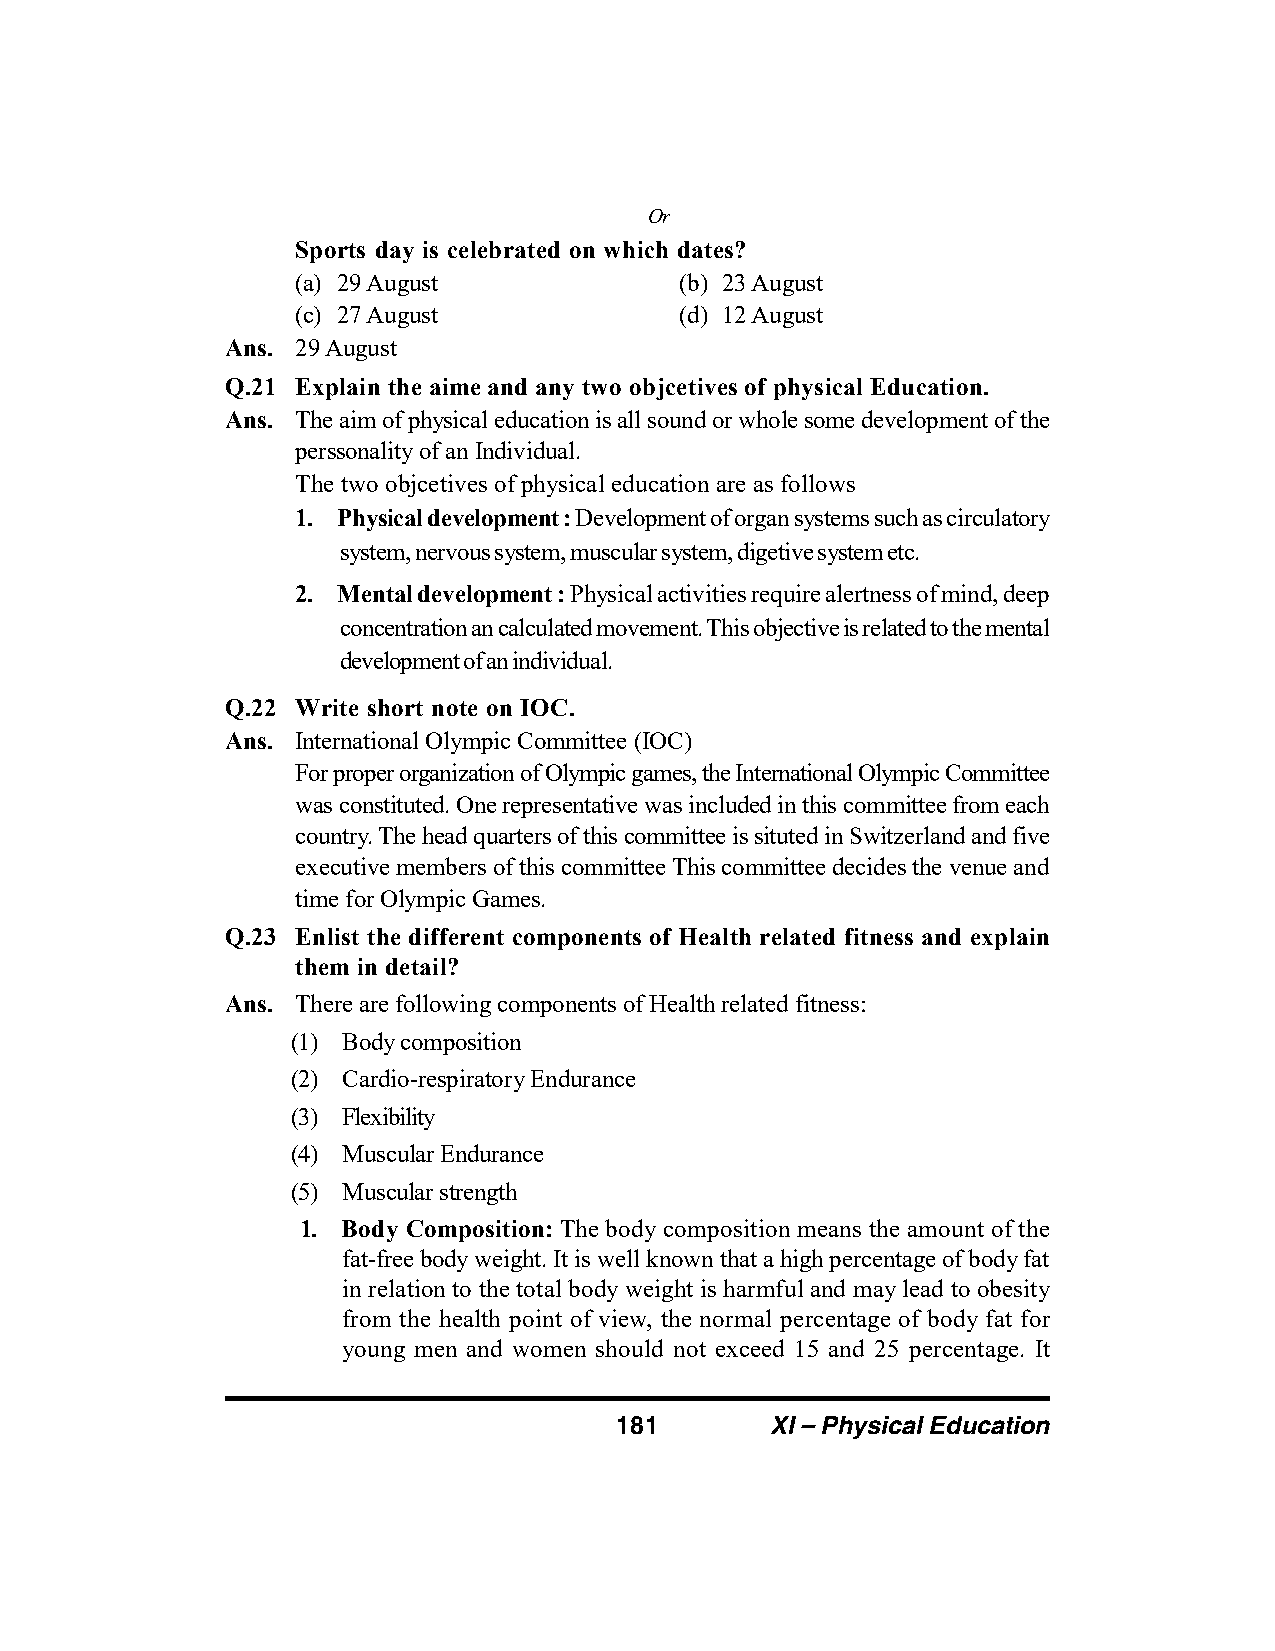
Or
 Sports day is celebrated on which dates?
 (a) 29 August            (b) 23 August
 (c) 27 August            (d) 12 August
 Ans. 29 August
 Q.21 Explain the aime and any two objcetives of physical Education.
 Ans. The aim of physical education is all sound or whole some development of the
 perssonality of an Individual.
 The two objcetives of physical education are as follows
 1. Physical development : Development of organ systems such as circulatory
 system, nervous system, muscular system, digetive system etc.
 2. Mental development : Physical activities require alertness of mind, deep
 concentration an calculated movement. This objective is related to the mental
 development of an individual.
 Q.22 Write short note on IOC.
 Ans. International Olympic Committee (IOC)
 For proper organization of Olympic games, the International Olympic Committee
 was constituted. One representative was included in this committee from each
 country. The head quarters of this committee is situted in Switzerland and five
 executive members of this committee This committee decides the venue and
 time for Olympic Games.
 Q.23 Enlist the different components of Health related fitness and explain
 them in detail?
 Ans. There are following components of Health related fitness:
 (1) Body composition
 (2) Cardio-respiratory Endurance
 (3) Flexibility
 (4) Muscular Endurance
 (5) Muscular strength
 1. Body Composition: The body composition means the amount of the
 fat-free body weight. It is well known that a high percentage of body fat
 in relation to the total body weight is harmful and may lead to obesity
 from the health point of view, the normal percentage of body fat for
 young men and women should not exceed 15 and 25 percentage. It
 181       XI – Physical Education